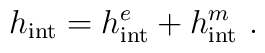
h _{\rm int}=h ^{e}_{\rm int}+h ^{m}_{\rm int} \ .